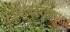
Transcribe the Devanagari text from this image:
काशिकावृत्तीनुसार